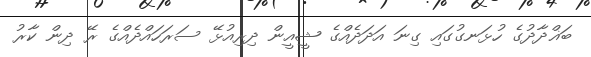
ބަޣްދާދުގެ ހުޅަނގުގައި ގިނަ އަދަދެއްގެ ޝީއީން ދިރިއުޅޭ ސަރަހައްދެއްގެ ރޭ ދިން ކާރު